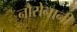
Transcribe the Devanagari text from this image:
नौसेनानी